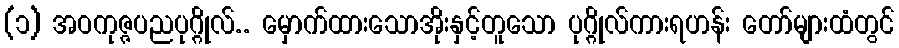
(၁) အဝကုဇ္ဇပညပုဂ္ဂိုလ်.. မှောက်ထားသောအိုးနှင့်တူသော ပုဂ္ဂိုလ်ကားရဟန်း တော်များထံတွင်